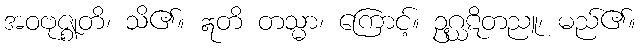
အဝဗုဇ္ဈတိ၊ သိ၏။ ဣတိ တသ္မာ၊ ကြောင့်။ ဥဂ္ဃဋိတညူ၊ မည်၏။